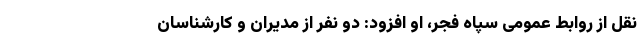
نقل از روابط عمومی سپاه فجر، او افزود: دو نفر از مدیران و کارشناسان